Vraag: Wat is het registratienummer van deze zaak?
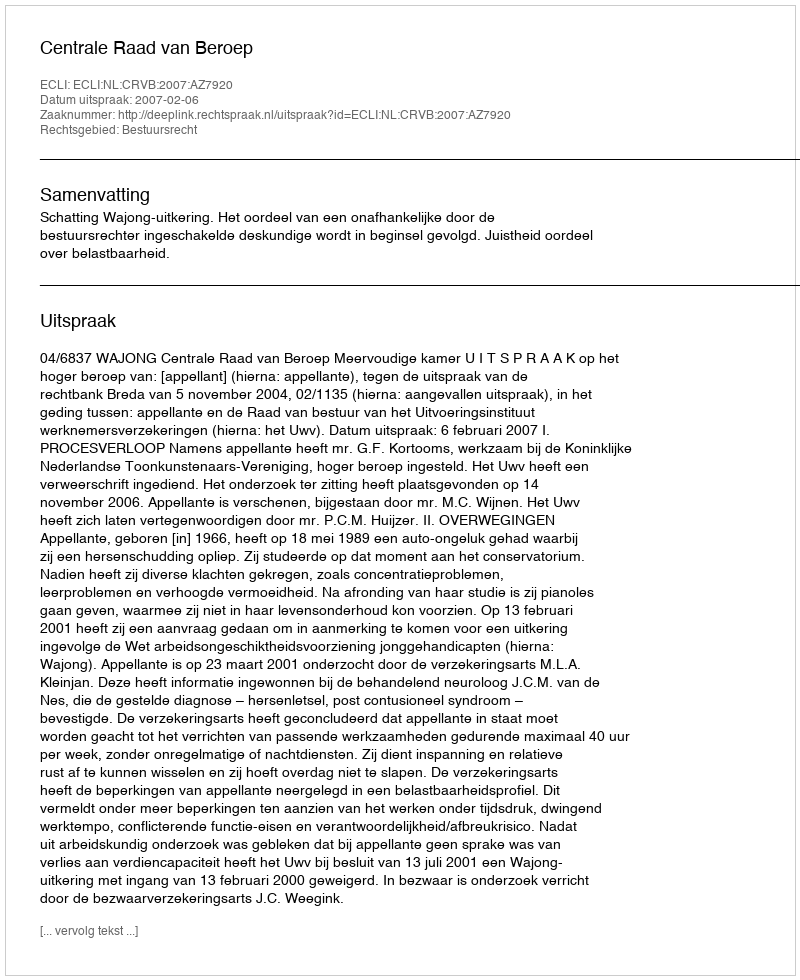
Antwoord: http://deeplink.rechtspraak.nl/uitspraak?id=ECLI:NL:CRVB:2007:AZ7920